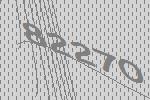
82270